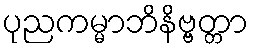
ပုညကမ္မာဘိနိဗ္ဗတ္တာ